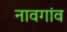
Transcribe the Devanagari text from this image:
नावगांव